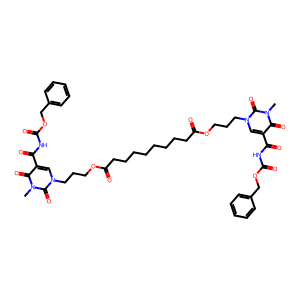
SMILES: Cn1c(=O)c(C(=O)NC(=O)OCc2ccccc2)cn(CCCOC(=O)CCCCCCCCC(=O)OCCCn2cc(C(=O)NC(=O)OCc3ccccc3)c(=O)n(C)c2=O)c1=O
Inhibits HIV replication: No